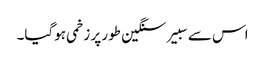
اس سے سبیر سنگین طور پر زخمی ہوگیا۔